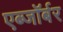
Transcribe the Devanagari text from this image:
एब्जॉर्बर